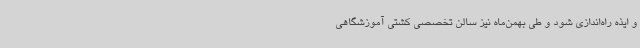
و ایذه راه‌اندازی شود و طی بهمن‌ماه نیز سالن تخصصی کشتی آموزشگاهی